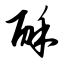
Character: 酥